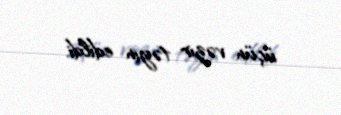
üçün vəzir təyin edildi.